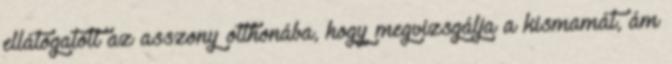
ellátogatott az asszony otthonába, hogy megvizsgálja a kismamát, ám